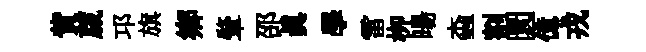
貲蕆邛旗鄉肇邵眞學雷栁暘螙割圜億戎